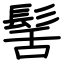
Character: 髺